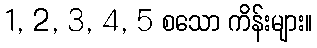
1, 2, 3, 4, 5 စသော ကိန်းများ။